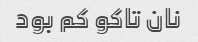
نان تاکو کم بود